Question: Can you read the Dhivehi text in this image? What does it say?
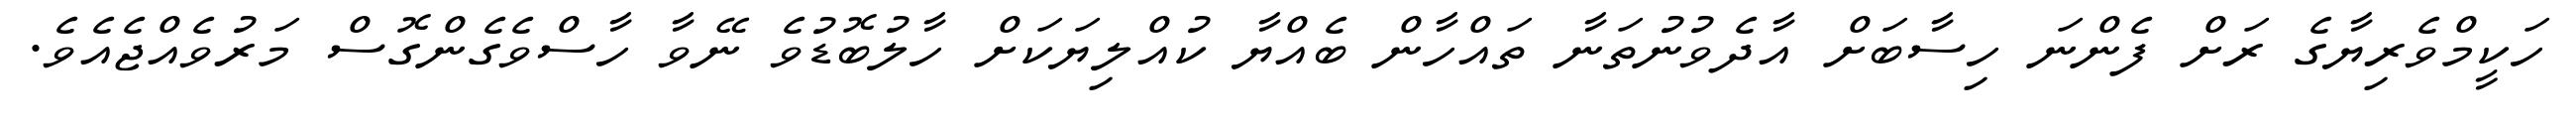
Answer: ހަކީމްވެރިޔާގެ ރަށް ފެންނަ ހިސާބަށް އާދެވުނުތަނާ ތައްހާން ބެއްޔާ ކުއްލިޔަކަށް ހާލުބޮޑުވެ ނޭވާ ހާސްވެގެންގޮސް މަރުވެއްޖެއެވެ.